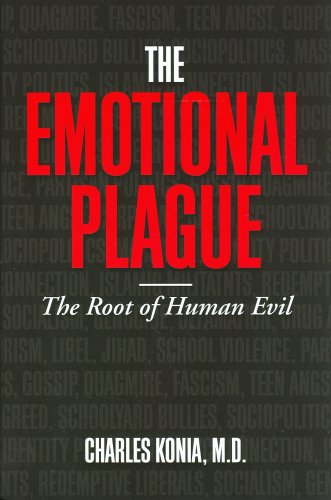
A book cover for The Emotional Plague: The Root of Human Evil; Charles Konia; Politics & Social Sciences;